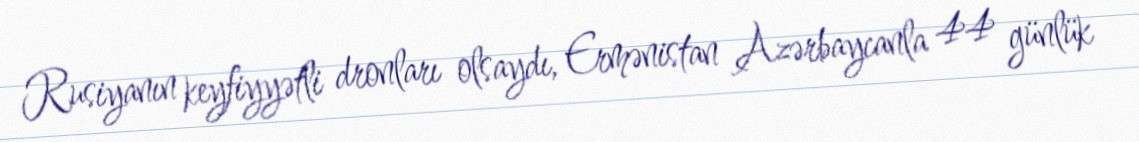
Rusiyanın keyfiyyətli dronları olsaydı, Ermənistan Azərbaycanla 44 günlük